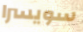
سويسرا